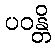
ပဝန္တိ